Vaccination United Provinces of Agra and Oudh 1914-1922 - 1914-1922
Year: 1914
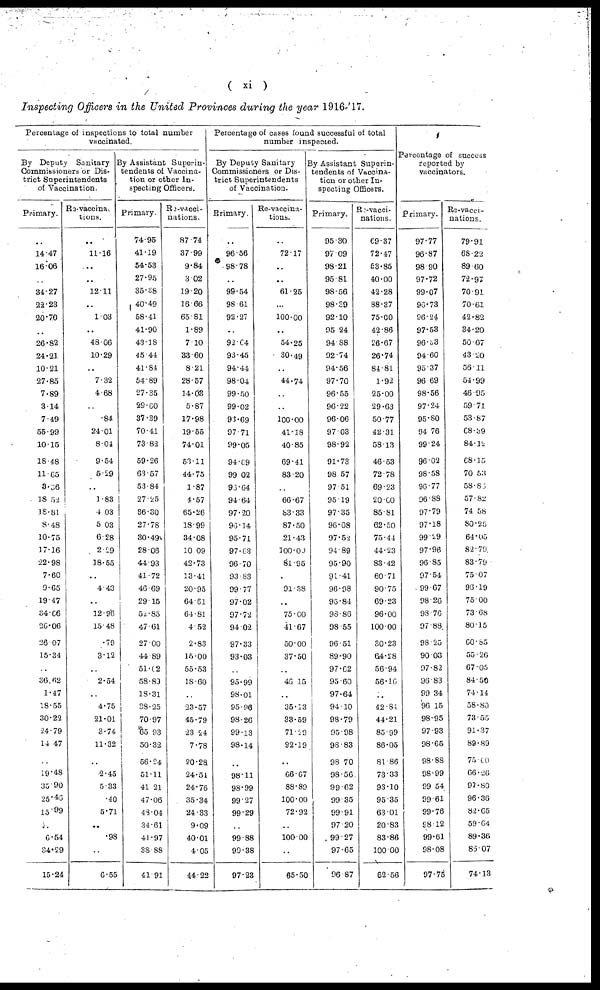
( xi )
Inspecting Officers in the United Provinces during the year 1916-17.
Percentage of inspections to total number
vaccinated.
By Deputy Sanitary
Commissioners or Dis-
trict Superintendents
of Vaccination.
Primary.
14.47
16.06
34.27
22.23
20.70
26.82
24.21
10.21
27.85
7.89
3.14
7.49
55.99
10.15
18.48
11.65
3.36
18.52
18.81
8.48
10.75
17.16
22.98
7.60
9.65
19.47
34.66
26.06
26.07
15.34
36.62
1.47
18.55
30.22
24.79
14.47
19.48
35.90
25.46
15.99
6.54
34.29
15.24
Re-vaccina¬
tions.
..
11.16
..
12.11
..
1.03
..
48.06
10.29
7.32
4.68
.84
24.01
8.01
9.54
5.29
1.83
4.03
5.03
6.28
2.29
18.55
4.43
12.96
15.48
.79
3.12
2.54
4.75
21.01
3.74
11.32
2.45
5.33
.40
5.71
..
.98
6.55
By Assistant Superin-
tendents of Vaccina-
tion or other In-
specting Officers.
Primary.
74.95
41.19
54.53
27.95
35.38
40.49
58.41
41.90
43.18
45.44
41.84
54.89
27.35
29.60
37.39
70.41
73.82
59.26
63.57
53.84
27.25
36.30
27.78
30.49
28.06
44.93
41.72
46.69
29.15
52.85
47.61
27.00
44.89
51.02
58.89
18.31
38.25
70.97
65.93
50.32
56.24
51.11
41.21
47.06
48.04
34.61
41.97
38.88
41.91
Re-vacci¬
nations.
87.74
37.99
9.84
3.02
19.20
16.66
65.81
1.89
7.10
33.60
8.21
28.57
14.03
5.87
17.98
19.55
74.01
53.11
44.75
1.87
4.57
65.26
18.99
34.08
10.09
42.73
13.41
20.95
64.61
64.81
4.52
2.83
15.00
55.53
18.60
23.57
45.79
23.24
7.78
20.28
24.54
24.76
35.34
24.33
9.09
40.01
4.05
44.22
Percentage of cases found successful of total
number inspected.
By Deputy Sanitary
Commissioners or Dis-
trict Superintendents
of Vaccination.
Primary.
96.56
98.78
99.54
98.61
92.27
..
92.64
93.45
94.44
98.04
99.50
99.02
93.69
97.71
99.05
94.69
99.02
96.64
94.64
97.20
96.14
95.71
97.63
96.70
93.83
99.77
97.02
97.72
94.02
97.33
93.03
95.99
98.01
95.96
98.26
99.13
98.14
98.11
98.99
99.27
99.29
99.88
99.38
97.23
Re-vaccina-
tions.
..
72.17
..
..
61.25
100.00
..
54.25
30.49
44.74
100.00
41.18
40.85
69.41
83.20
66.67
83.33
87.50
21.43
100.00
81.95
91.38
..
75.00
41.67
50.00
37.50
..
46.15
35.13
33.59
71.29
92.19
66.67
88.89
100.00
72.92
100.00
65.50
By Assistant Superin-
tendents of Vaccina-
tion or other In-
specting Officers.
Primary.
95.30
97.09
98.21
95.81
98.56
98.39
92.10
95.24
94.88
92.74
94.56
97.70
96.55
96.22
96.06
97.03
98.92
91.73
98.57
97.51
95.19
97.35
96.08
97.52
94.89
95.90
91.41
96.98
96.84
93.86
98.55
96.51
89.90
97.62
95.60
97.64
94.10
98.79
95.98
98.83
98.70
98.56
99.62
99.35
99.91
97.20
99.27
97.65
96.87
Re-vacci-
nations.
69.37
72.47
53.85
40.00
42.28
88.37
75.00
42.86
26.67
26.74
84.81
1.92
25.00
29.63
50.77
42.31
58.13
46.53
72.78
69.23
20.00
85.81
62.50
75.44
44.23
83.42
60.71
90.75
69.23
96.00
100.00
30.23
64.28
56.94
56.10
42.81
44.21
85.99
86.05
81.86
73.33
93.10
95.35
63.01
20.83
83.86
100.00
62.56
Percentage of success
reported by
vaccinators.
Primary.
97.77
96.87
98.90
97.72
99.07
96.73
96.24
97.53
96.33
94.60
95.37
96.69
98.56
97.24
95.80
94.76
99.24
96.02
98.58
96.77
96.88
97.79
97.18
99.29
97.96
96.85
97.54
99.67
98.26
98.76
97.88
98.25
90.03
97.82
96.83
99.34
96.15
98.95
97.93
98.65
98.88
98.99
99.54
99.61
99.76
98.12
99.61
98.08
97.75
Re-vacci¬
nations.
79.91
68.22
89.60
72.97
70.91
70.61
42.82
34.20
50.67
43.20
56.11
54.99
46.95
59.71
53.87
68.39
84.12
68.15
70.53
58.88
57.82
74.58
80.25
64.05
82.79
83.79
75.07
96.19
75.00
73.68
80.15
60.85
55.26
67.05
84.50
74.14
58.80
73.55
91.37
89.89
75.00
66.26
97.80
96.36
82.65
59.64
89.36
86.07
74.13